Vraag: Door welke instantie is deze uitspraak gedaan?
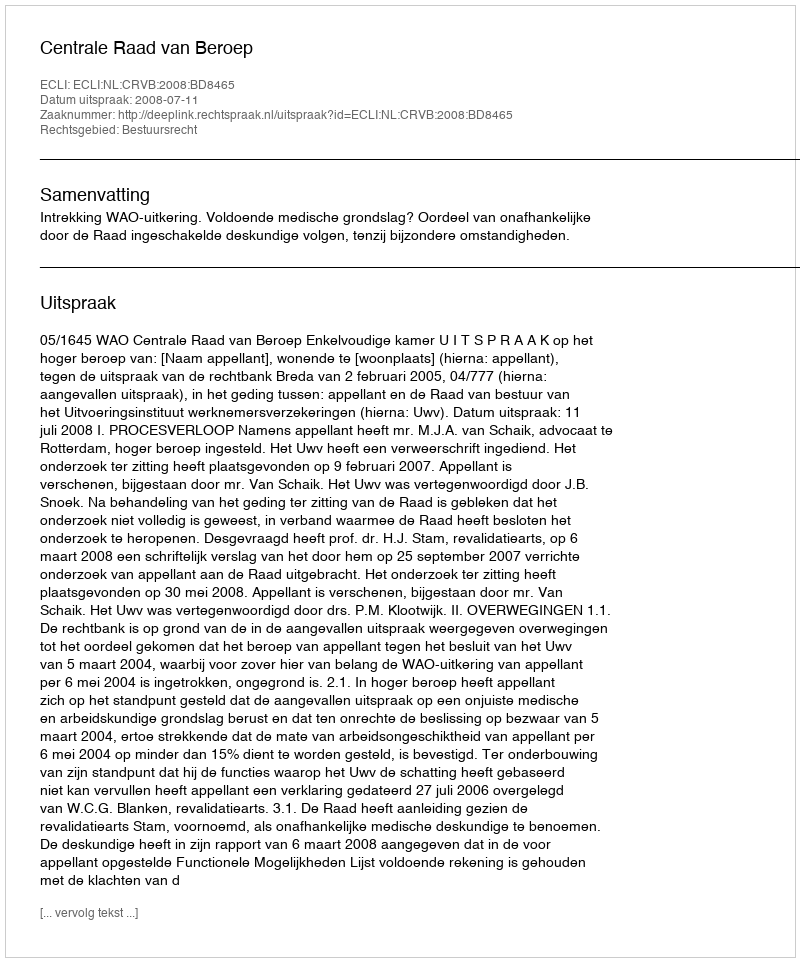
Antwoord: Centrale Raad van Beroep